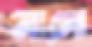
নাগো